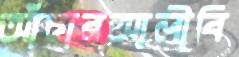
আঁচারআলীবি